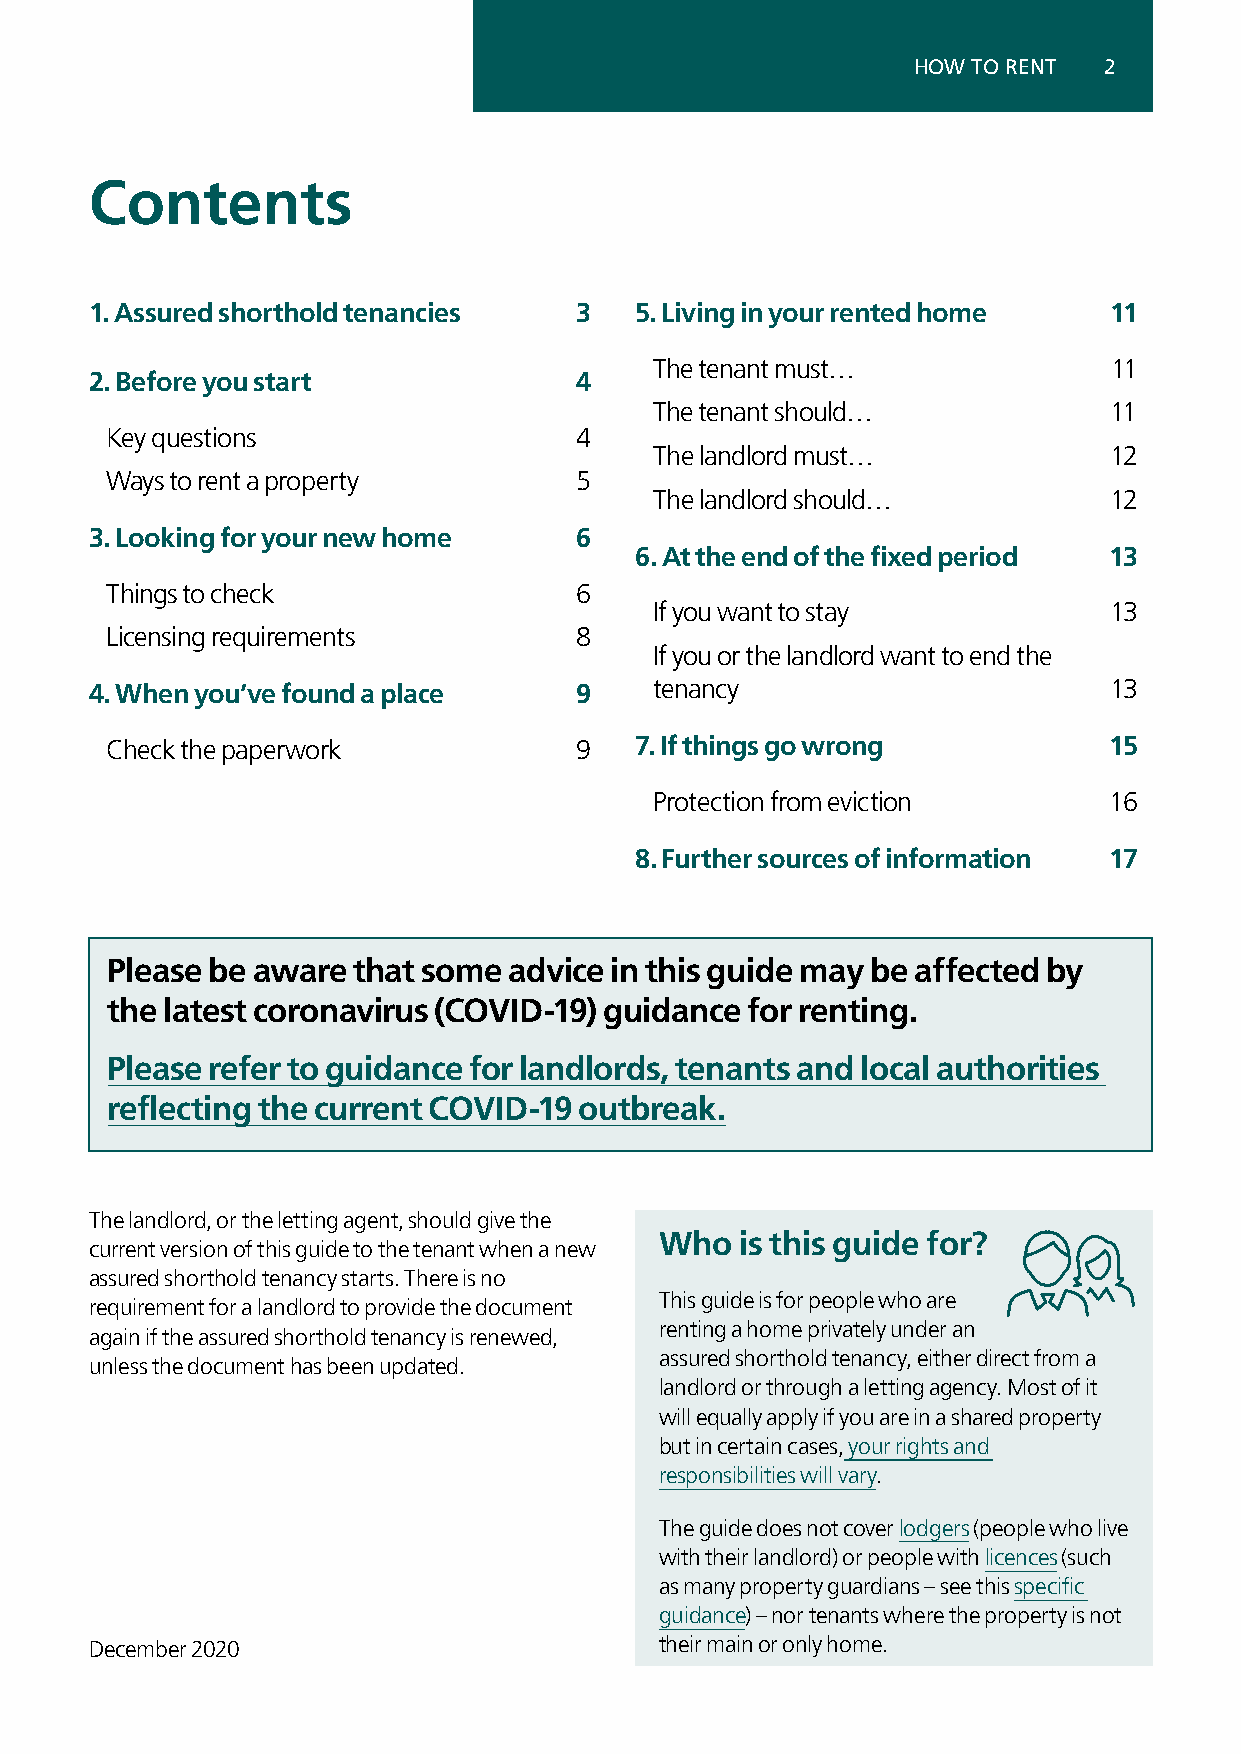
HOW TO RENT  2
 Contents
 1. Assured shorthold tenancies  3   5. Living in your rented home  11
 The tenant must…               11
 2. Before you start             4
 The tenant should…             11
 Key questions                  4
 The landlord must…            12
 Ways to rent a property        5
 The landlord should…          12
 3. Looking for your new home    6
 6. At the end of the fixed period 13
 Things to check                6
 If you want to stay           13
 Licensing requirements         8
 If you or the landlord want to end the
 4. When you’ve found a place    9    tenancy                       13
 Check the paperwork            9   7. If things go wrong          15
 Protection from eviction      16
 8. Further sources of information 17
 Please be aware that some  advice in this guide may be affected by
 the latest coronavirus (COVID-19) guidance for renting.
 Please refer to guidance for landlords, tenants and local authorities
 reflecting the current COVID-19 outbreak.
 The landlord, or the letting agent, should give the
 Who  is this guide for?
 current version of this guide to the tenant when a new
 assured shorthold tenancy starts. There is no
 This guide is for people who are
 requirement for a landlord to provide the document
 renting a home privately under an
 again if the assured shorthold tenancy is renewed,
 assured shorthold tenancy, either direct from a
 unless the document has been updated.
 landlord or through a letting agency. Most of it
 will equally apply if you are in a shared property
 but in certain cases, your rights and
 responsibilities will vary.
 The guide does not cover lodgers (people who live
 with their landlord) or people with licences (such
 as many property guardians – see this specific
 guidance) – nor tenants where the property is not
 December 2020                         their main or only home.